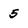
Character: 5